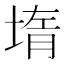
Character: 堶